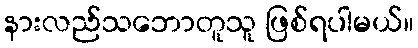
နားလည်သဘောတူသူ ဖြစ်ရပါမယ်။